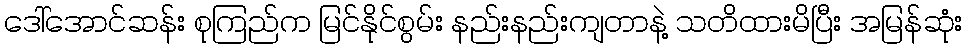
ဒေါ်အောင်ဆန်း စုကြည်က မြင်နိုင်စွမ်း နည်းနည်းကျတာနဲ့ သတိထားမိပြီး အမြန်ဆုံး